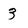
Character: 3